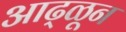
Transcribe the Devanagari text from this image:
आढ्ळून